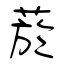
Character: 菸